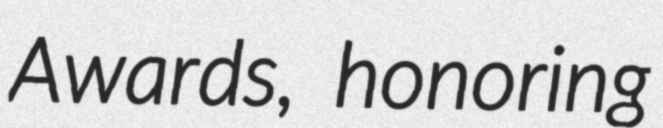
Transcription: Awards, honoring